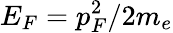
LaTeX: E_{F}=p_{F}^{2}/2m_{e}